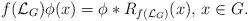
LaTeX: \begin{align*} f(\mathcal{L}_G)\phi(x)=\phi\ast R_{f(\mathcal{L}_G)}(x),\,x\in G.\end{align*}